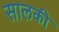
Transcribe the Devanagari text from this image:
सालकी